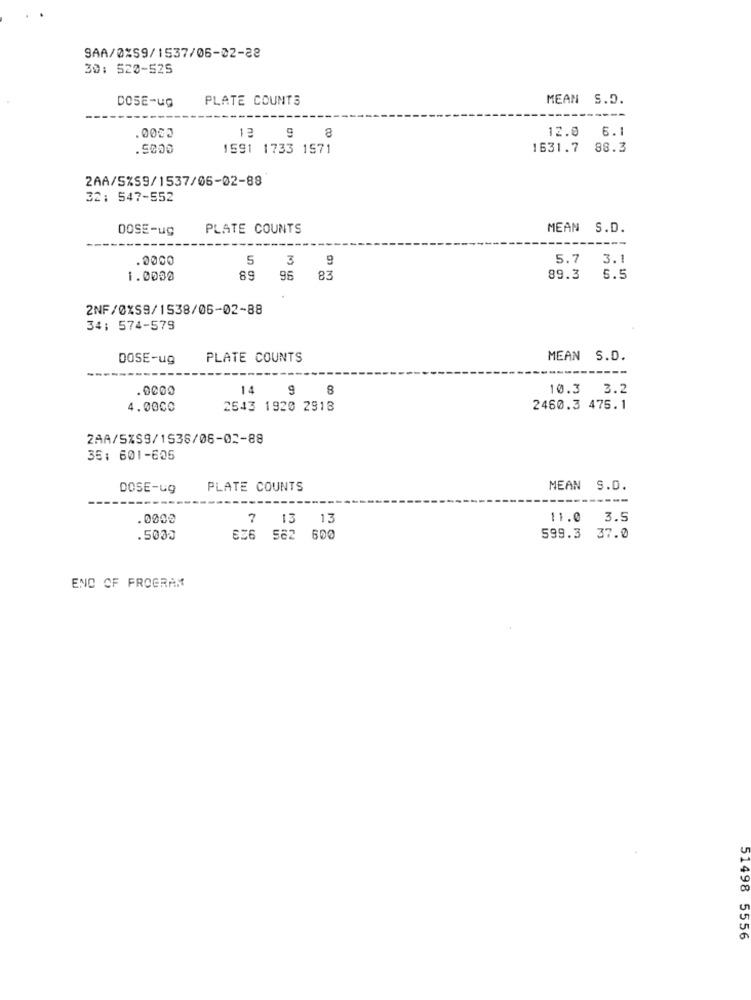
SAA/0%59/1537/06-02-28
30: 520-525
DOSE-UG
PLATE COUNTS
MEAN S.D.
.0005
12.0 6.1
13 9 8
.5000
1591 1733 1571
1631.7
88.3
2AA/5%S9/1537/06-02-88
32: 547-552
DOSE-ug
PLATE COUNTS
MEAN S.D.
.0000
5 3
5.7
3.1
1.0000
89
95
83
89.3
5.5
2NF/0%S9/1538/06-02-88
34: 574-579
DOSE-ug
PLATE COUNTS
MEAN S.D.
.0000
14
9
8
10.3 3.2
4.0000
2643 1920 2918
2460.3 475.1
2AA/5%S9/1538/06-02-88
35: 601-605
DOSE-ug
PLATE COUNTS
MEAN S.D.
.0000
7 13
13
11.0
3.5
.5000
636 562 600
599.3 37.0
END OF PROGRAM
51498 5556